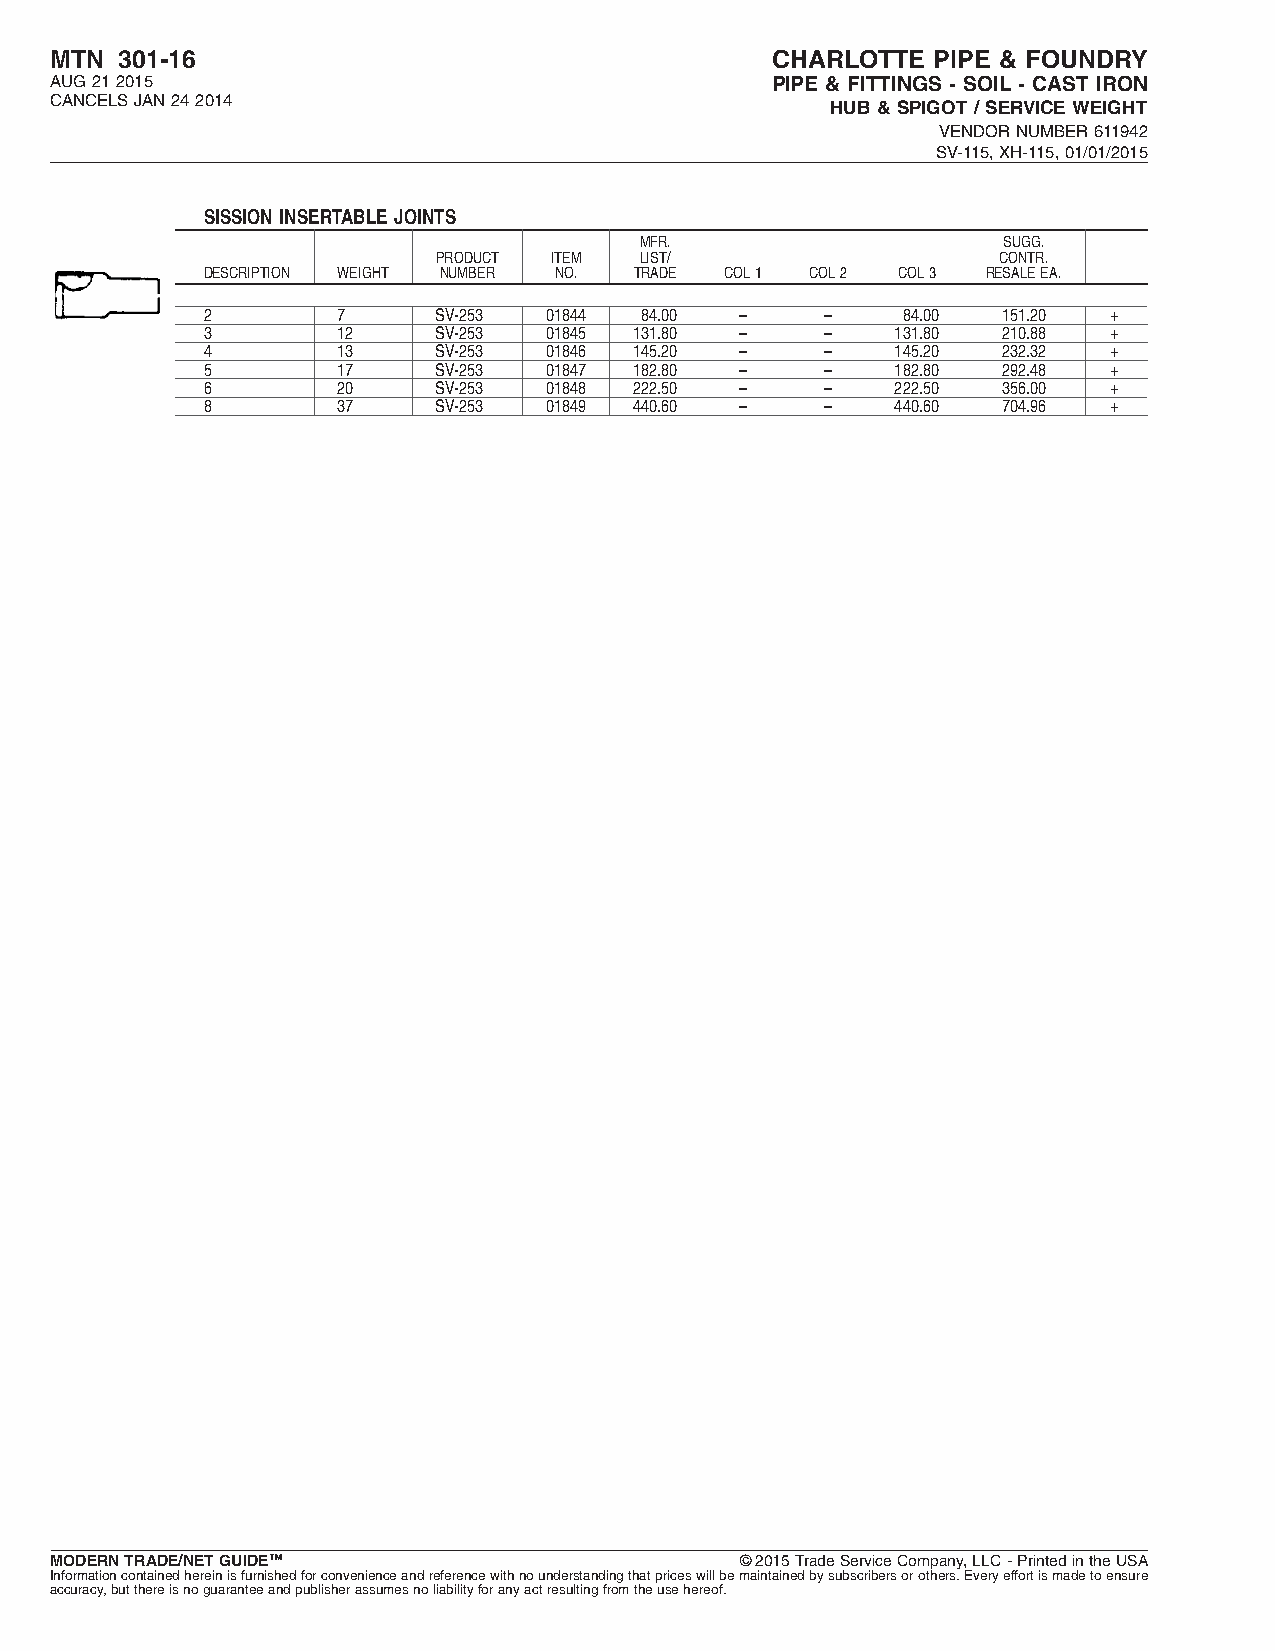
MTN  301-16                                     CHARLOTTE  PIPE & FOUNDRY
 AUG212015                                       PIPE & FITTINGS - SOIL - CAST IRON
 CANCELSJAN242014
 HUB&SPIGOT/SERVICEWEIGHT
 VENDORNUMBER611942
 SV-115,XH-115,01/01/2015
 SISSION INSERTABLE JOINTS
 MFR.                    SUGG.
 PRODUCT ITEM LIST/                   CONTR.
 DESCRIPTION WEIGHT NUMBER NO. TRADE COL1 COL2 COL3  RESALEEA.
 2        7      SV-253 01844 84.00  –     –    84.00 151.20 +
 3        12     SV-253 01845 131.80 –     –   131.80 210.88 +
 4        13     SV-253 01846 145.20 –     –   145.20 232.32 +
 5        17     SV-253 01847 182.80 –     –   182.80 292.48 +
 6        20     SV-253 01848 222.50 –     –   222.50 356.00 +
 8        37     SV-253 01849 440.60 –     –   440.60 704.96 +
 MODERNTRADE/NETGUIDE™                         ©2015TradeServiceCompany,LLC-PrintedintheUSA
 Informationcontainedhereinisfurnishedforconvenienceandreferencewithnounderstandingthatpriceswillbemaintainedbysubscribersorothers.Everyeffortismadetoensure
 accuracy,butthereisnoguaranteeandpublisherassumesnoliabilityforanyactresultingfromtheusehereof.